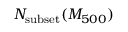
N _ { \mathrm { s u b s e t } } ( M _ { 5 0 0 } )